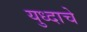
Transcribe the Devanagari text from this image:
युध्दाचे